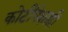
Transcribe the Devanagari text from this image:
कोटींपेक्षाही